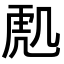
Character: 𮓟